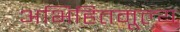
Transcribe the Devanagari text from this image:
अभिहितमूल्य